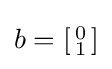
b=\left[{\begin{smallmatrix}0\\1\end{smallmatrix}}\right]